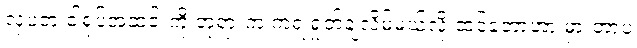
လှပတဲ့ ငါ့ရုပ်အဆင်းကို ဘုရားက ကဲ့ရဲ့ရှုတ်ချလိမ့်မယ်လို့ ထင်ခဲ့တာဟာ မှားတာပဲ